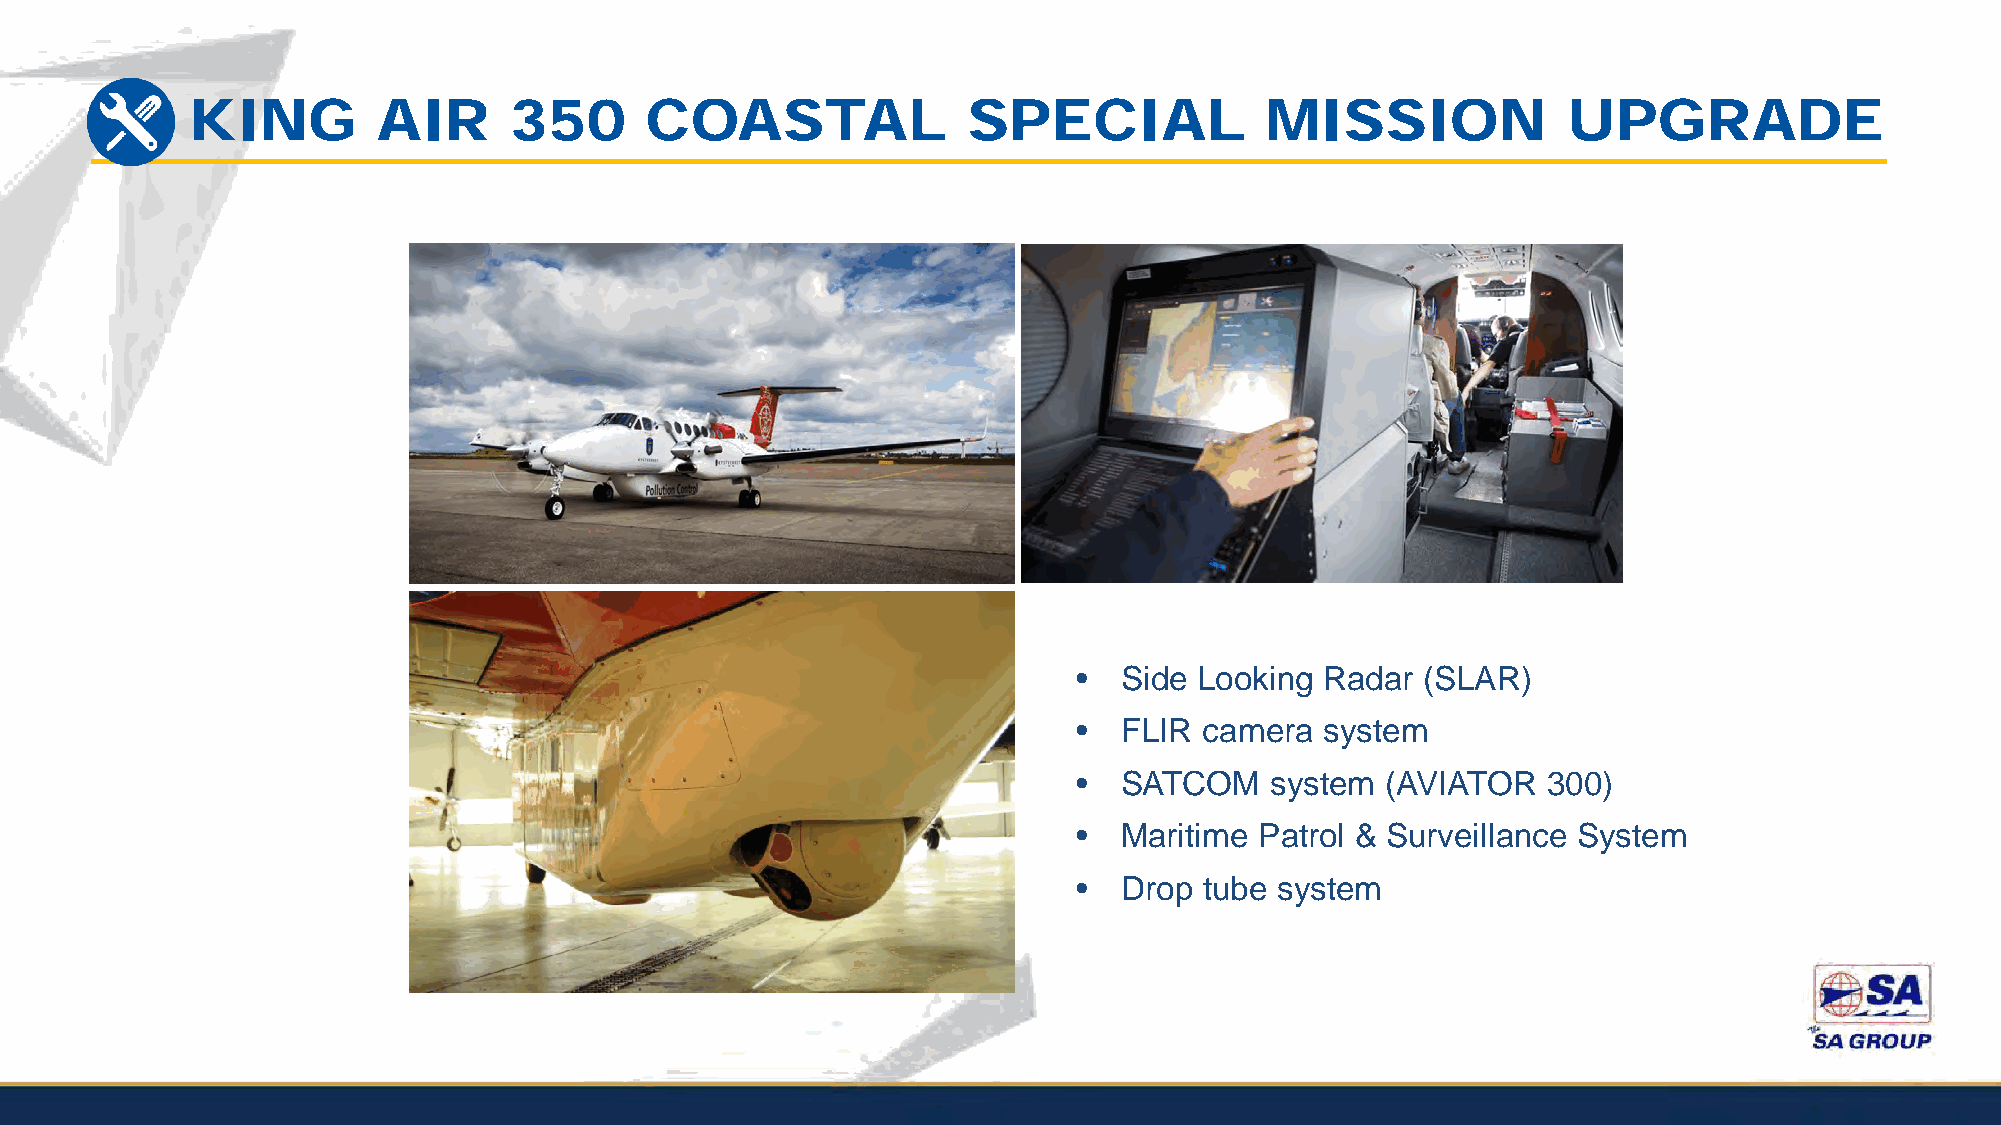
KING         AIR      350      COASTAL              SPECIAL             MISSION             UPGRADE
 •  Side Looking  Radar (SLAR)
 •  FLIR  camera  system
 •  SATCOM    system  (AVIATOR  300)
 •  Maritime Patrol & Surveillance System
 •  Drop  tube system